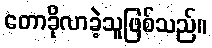
တောခိုလာခဲ့သူဖြစ်သည်။